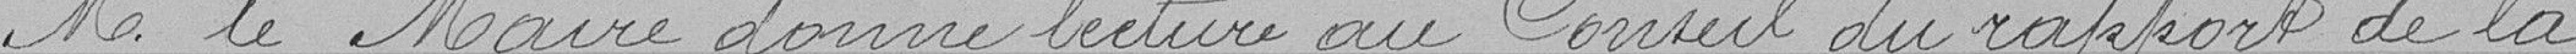
M le Maire donne lecture au Conseil du rapport de la